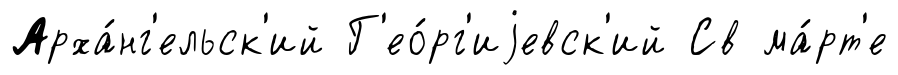
Арха́нг'ельск'ий Г'ео́рг'иjевск'ий Св ма́рт'е